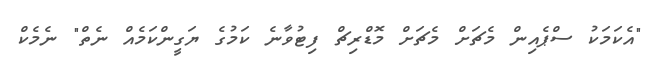
"އެކަމަކު ސްޕެއިން މެޗަށް މެޗަށް މޮޑްރިޗް ފިޓުވާނެ ކަމުގެ ޔަގީންކަމެއް ނެތް" ނެމެކް